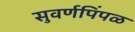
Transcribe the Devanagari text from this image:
सुवर्णपिंपळ